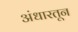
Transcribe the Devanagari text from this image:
अंधारतून